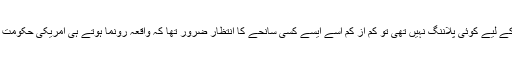
یوں محسوس ہوتا ہے کہ اگر امریکی حکومت کی اس قسم کے کسی حادثے کے لیے کوئی پلاننگ نہیں تھی تو کم از کم اسے ایسے کسی سانحے کا انتظار ضرور تھا کہ واقعہ رونما ہوتے ہی امریکی حکومت نے پاکستان سے توہین رسالتؐ کی سزا کا قانون ختم کرنے کا مطالبہ داغ دیا۔